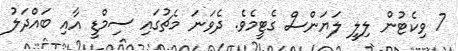
7 ވިކެޓުން ލިލީ ލަޔަންސް ގެޓީމެވެ. ދެވަނަ މެޗުގައި ސިމްޑީ އާއި ބައްދަލު